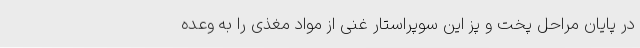
در پایان مراحل پخت و پز این سوپراستار غنی از مواد مغذی را به وعده